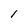
Character: 1